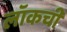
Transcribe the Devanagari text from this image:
लॉकची